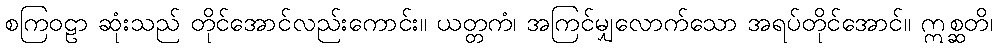
စကြဝဠာ ဆုံးသည် တိုင်အောင်လည်းကောင်း။ ယတ္တကံ၊ အကြင်မျှလောက်သော အရပ်တိုင်အောင်။ ဣစ္ဆတိ၊